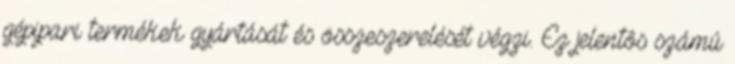
gépipari termékek gyártását és összeszerelését végzi. Ez jelentôs számú